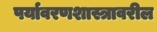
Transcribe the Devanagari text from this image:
पर्यावरणशास्त्रावरील